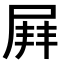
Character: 𡲓